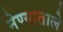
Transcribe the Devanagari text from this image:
नेण्याताले